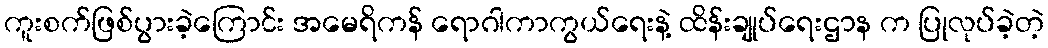
ကူးစက်ဖြစ်ပွားခဲ့ကြောင်း အမေရိကန် ရောဂါကာကွယ်ရေးနဲ့ ထိန်းချုပ်ရေးဌာန က ပြုလုပ်ခဲ့တဲ့